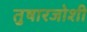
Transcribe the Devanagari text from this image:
तुषारजोशी